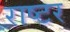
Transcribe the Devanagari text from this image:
राष्टर